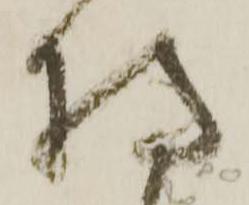
持